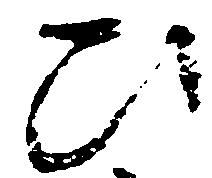
ひ